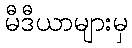
မီဒီယာများမှ